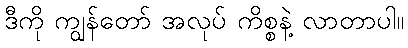
ဒီကို ကျွန်တော် အလုပ် ကိစ္စနဲ့ လာတာပါ။